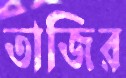
তাজির